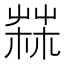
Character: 𦲬